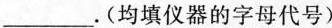
___。(均填仪器的字母代号)